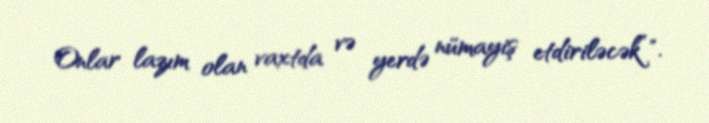
Onlar lazım olan vaxtda və yerdə nümayiş etdiriləcək”".